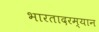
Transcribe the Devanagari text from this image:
भारतादरम्यान